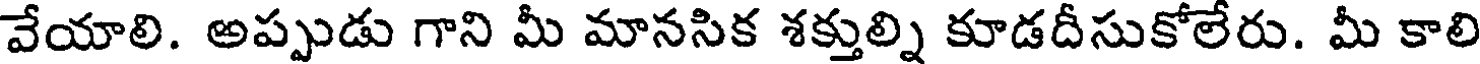
వేయాలి. అప్పుడు గాని మీ మానసిక శక్తుల్ని కూడదీసుకోలేరు. మీ కాలి